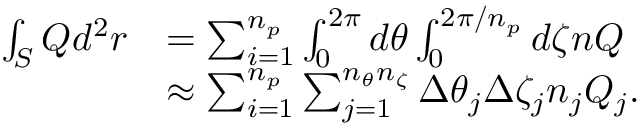
\begin{array} { r l } { \int _ { S } Q d ^ { 2 } r } & { = \sum _ { i = 1 } ^ { n _ { p } } \int _ { 0 } ^ { 2 \pi } d \theta \int _ { 0 } ^ { 2 \pi / n _ { p } } d \zeta n Q } \\ & { \approx \sum _ { i = 1 } ^ { n _ { p } } \sum _ { j = 1 } ^ { n _ { \theta } n _ { \zeta } } \Delta \theta _ { j } \Delta \zeta _ { j } n _ { j } Q _ { j } . } \end{array}